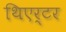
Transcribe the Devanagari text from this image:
थिएर्टर